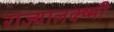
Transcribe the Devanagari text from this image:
राज्यालक्ष्मी